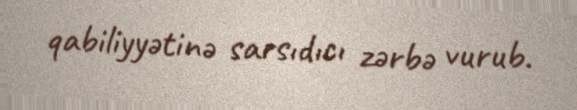
qabiliyyətinə sarsıdıcı zərbə vurub.